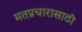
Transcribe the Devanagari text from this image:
मतप्रचारासाठी